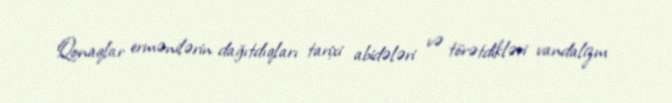
Qonaqlar ermənilərin dağıtdıqları tarixi abidələri və törətdikləri vandalizm